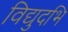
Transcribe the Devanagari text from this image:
विद्युदभि